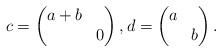
LaTeX: \begin{align*}c=\begin{pmatrix}a+b & \\ & 0\end{pmatrix},d=\begin{pmatrix}a & \\ & b\end{pmatrix}.\end{align*}